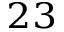
^ { 2 3 }